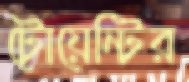
টোয়েন্টির